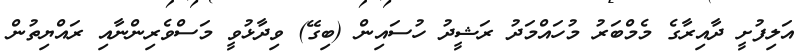
އަލިފުށީ ދާއިރާގެ މެމްބަރު މުހައްމަދު ރަޝީދު ހުސައިން (ބިގޭ) ވިދާޅުވީ މަސްވެރިންނާއި ރައްޔިތުން